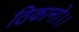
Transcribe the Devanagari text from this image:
ठिकानो।।